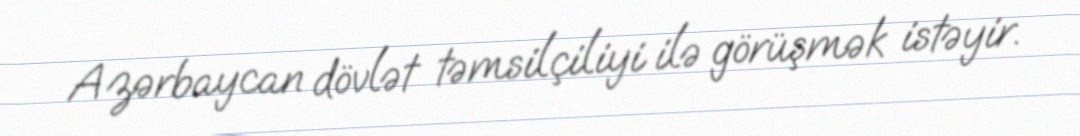
Azərbaycan dövlət təmsilçiliyi ilə görüşmək istəyir.